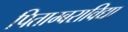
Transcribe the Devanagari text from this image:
पिताम्बराविद्या